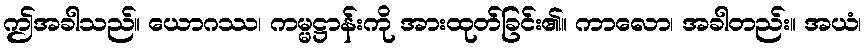
ဤအခါသည်။ ယောဂဿ၊ ကမ္မဋ္ဌာန်းကို အားထုတ်ခြင်း၏။ ကာလော၊ အခါတည်း။ အယံ၊